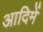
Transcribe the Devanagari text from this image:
आदिमें